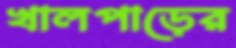
খালপাড়ের